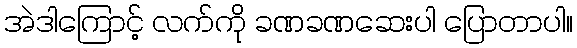
အဲဒါကြောင့် လက်ကို ခဏခဏဆေးပါ ပြောတာပါ။